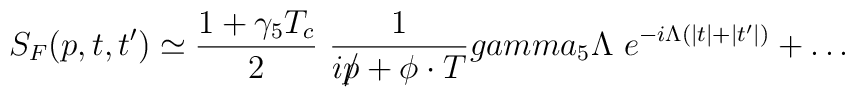
S_F(p,t,t')\simeq {1+\gamma_5T_c\over 2}\ {1\over ip\!\!\!/ +\phi\cdot T}\\gamma_5\Lambda\ e^{-i\Lambda (\vert t\vert +\vert t'\vert )}+\dots